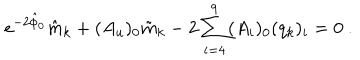
e ^ { - 2 \hat { \phi } _ { 0 } } \hat { m } _ { k } + ( A _ { u } ) _ { 0 } \tilde { m } _ { k } - 2 \sum _ { i = 4 } ^ { 9 } ( A _ { i } ) _ { 0 } ( q _ { k } ) _ { i } = 0 \ .